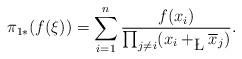
LaTeX: \begin{align*} \pi_{1 *} (f(\xi)) = \sum_{i=1}^{n} \dfrac{ f(x_{i})} { \prod_{j \neq i} (x_{i} +_{\L} \overline{x}_{j})}. \end{align*}